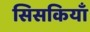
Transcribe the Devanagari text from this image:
सिसकियाँ